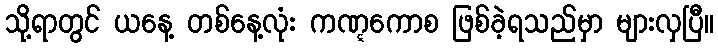
သို့ရာတွင် ယနေ့ တစ်နေ့လုံး ကဏ္ဋကောစ ဖြစ်ခဲ့ရသည်မှာ များလှပြီ။